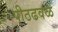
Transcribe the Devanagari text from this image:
पीठढवळ